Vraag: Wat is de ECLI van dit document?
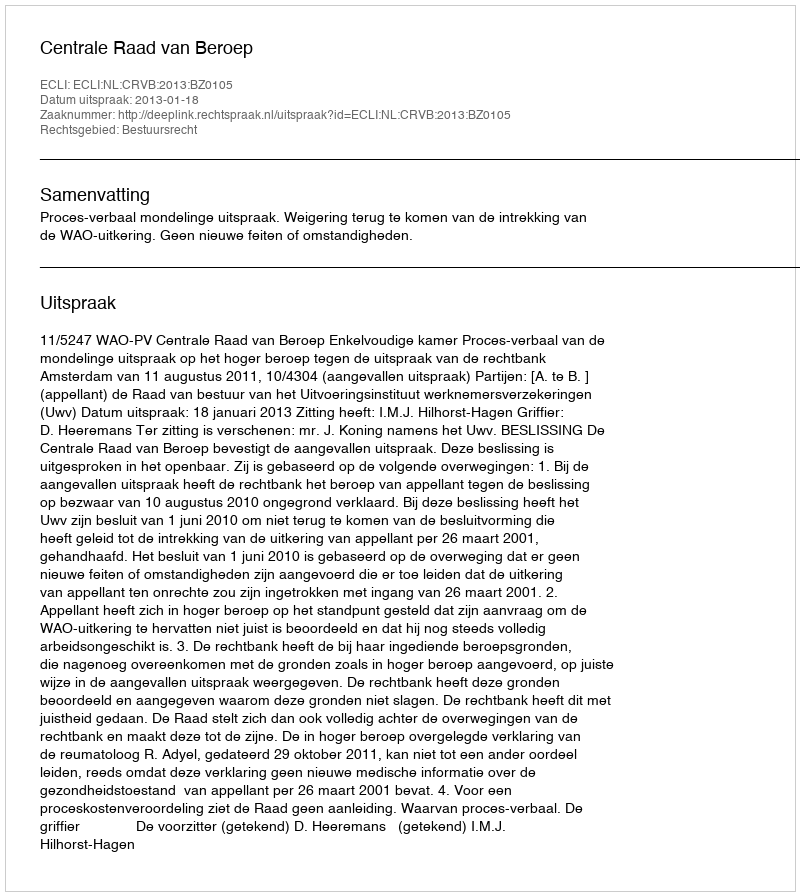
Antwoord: ECLI:NL:CRVB:2013:BZ0105